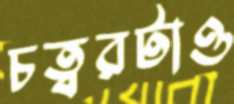
চত্বরটাও